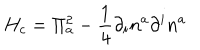
LaTeX: H _ { c } = \Pi _ { a } ^ { 2 } - \frac { 1 } { 4 } \partial _ { i } n ^ { a } \partial ^ { i } n ^ { a }